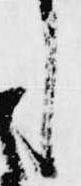
し